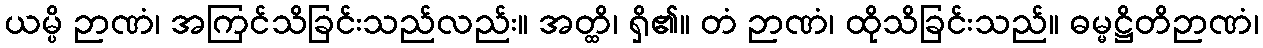
ယမ္ပိ ဉာဏံ၊ အကြင်သိခြင်းသည်လည်း။ အတ္ထိ၊ ရှိ၏။ တံ ဉာဏံ၊ ထိုသိခြင်းသည်။ ဓမ္မဋ္ဌိတိဉာဏံ၊